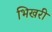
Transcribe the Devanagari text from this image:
भिखरी